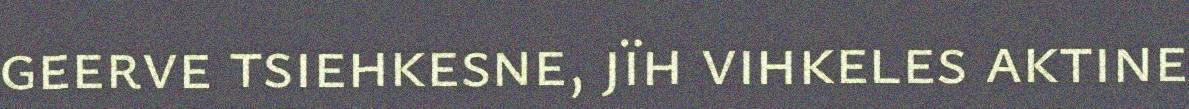
geerve tsiehkesne, jïh vihkeles aktine